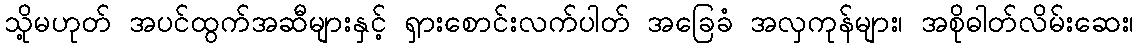
သို့မဟုတ် အပင်ထွက်အဆီများနှင့် ရှားစောင်းလက်ပါတ် အခြေခံ အလှကုန်များ၊ အစိုဓါတ်လိမ်းဆေး၊